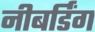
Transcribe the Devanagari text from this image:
नीबर्डिंग